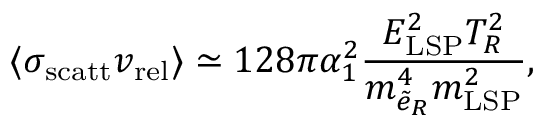
\langle \sigma _ { \mathrm { s c a t t } } v _ { \mathrm { r e l } } \rangle \simeq 1 2 8 \pi \alpha _ { 1 } ^ { 2 } \frac { E _ { \mathrm { L S P } } ^ { 2 } T _ { R } ^ { 2 } } { m _ { \tilde { e } _ { R } } ^ { 4 } m _ { \mathrm { L S P } } ^ { 2 } } ,